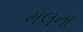
મલના